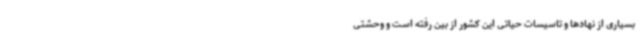
بسیاری از نهادها و تاسیسات حیاتی این کشور از بین رفته است و وحشتی